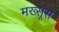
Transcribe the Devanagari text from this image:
मख्सूस